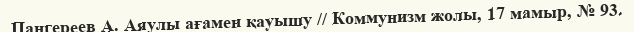
Пангереев А. Аяулы ағамен қауышу // Коммунизм жолы, 17 мамыр, № 93.